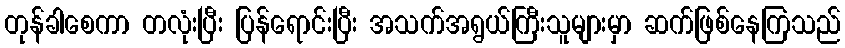
တုန်ခါစေကာ တလုံးပြီး ပြန်ရောင်းပြီး အသက်အရွယ်ကြီးသူများမှာ ဆက်ဖြစ်နေကြသည်